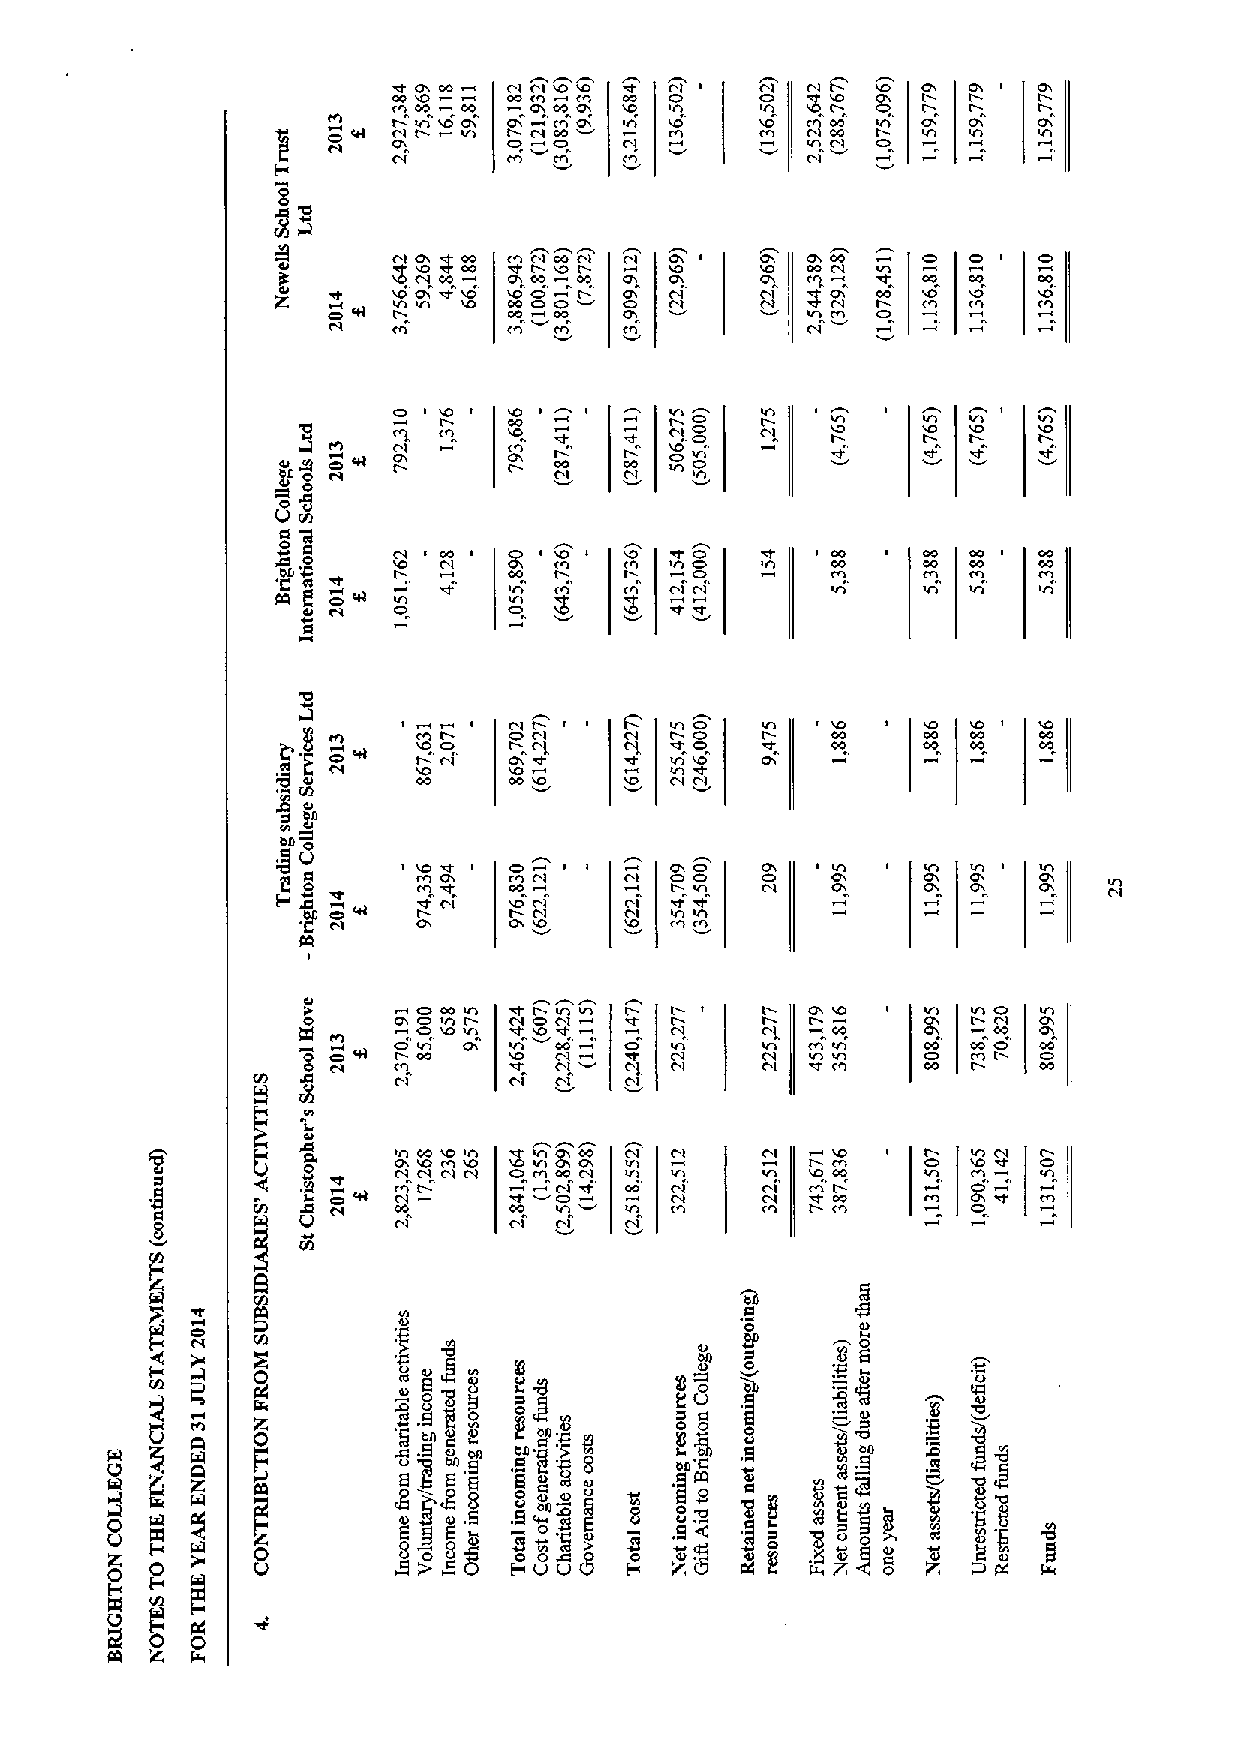
C cno c 0n 0 00 00 C ooIC c OnI t 0O 0 OD c CO CI IADI I ID A
 t Vtca at O cnac   0
 0 t  Vl t O At oOn      cn O Al 0 c0 l
 Cc                         C I
 8
 II CC Co C'I C'I   O 00t 00
 Dr OI IO D  C 0 tX0 0h t 0 C O0 O 00 0 I0 C O I ODh t CQ Ot 0 CD0 C cno C Co I 0 O0
 cn"            cn
 D                 Vl D
 II   CO        I CC O ID
 fn o D OI C OC c cI Cl 0 CC0 D IA O
 0
 rn
 a 'R
 O
 t:
 0a
 '
 '0 00
 cn
 Vr l Co O
 oa t.
 C'
 Vr-t Do
 10 O            O D
 I Ci             A IO
 'D              'A
 rit                     C I C'I
 fn
 on 0
 O
 0 0 0    c cn n 0 W C cI C'I C'I D O c C Cn I
 g
 D OI  DW Cl OCD C'I CC'II CIA
 t
 I CA
 l
 0     ot C CCD' C Ir Oo l VV ll CCrr I IoD AA rI C O'I
 cn
 D tct              cD                       ID
 8
 C'l
 Cl             Cl
 j               t Cr hl C'0o t I Ca lI tI OAa
 I
 IA g Co             0     C       C A'
 cn t       CCC          C'I r 00
 00 IA                         Ct
 C'I
 rit
 m                               bll
 D
 I
 0        -t ot i8Ct8$ 80
 CO                                     No
 0             a a
 g       0 0
 0        gona               5
 I
 I   .     cIt~on
 Q                          .I 8g 8    on'a
 ntt
 N
 vm
 9
 0'.     cl
 OO&,
 ,
 z8- ~o z88
 8                               ~m